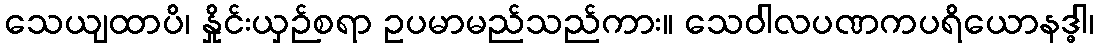
သေယျထာပိ၊ နှိုင်းယှဉ်စရာ ဥပမာမည်သည်ကား။ သေဝါလပဏကပရိယောနဒ္ဓါ၊